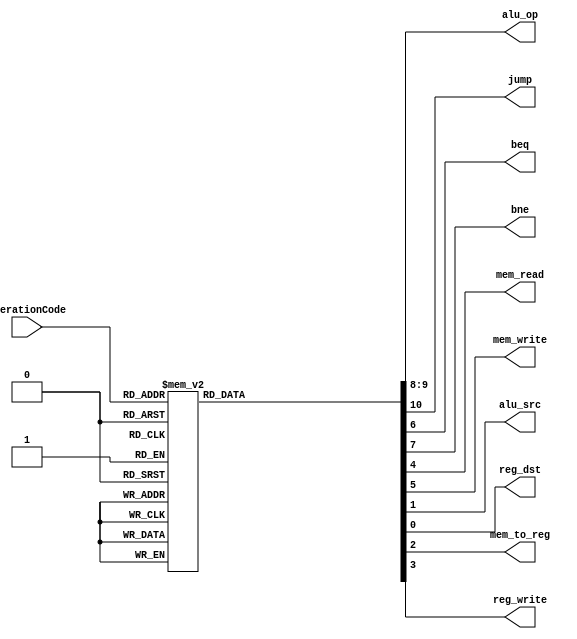
// Code for Control Unit of RISC Processor.

`timescale 1ns / 1ps

module Control_Unit(
      input[3:0] operationCode, // Operation code of the instruction.
      output reg[1:0] alu_op, // Operation code of the ALU.
      output reg jump,beq,bne,mem_read,mem_write,alu_src,reg_dst,mem_to_reg,reg_write // Output variables.   
    );


always @(*) // Every time there is a change, perform operations.
begin
 case(operationCode) // Case operation based on the operation code of the instruction.
 4'b0000: // Load word.
   begin
    reg_dst = 1'b0;
    alu_src = 1'b1;
    mem_to_reg = 1'b1;
    reg_write = 1'b1;
    mem_read = 1'b1;
    mem_write = 1'b0;
    beq = 1'b0;
    bne = 1'b0;
    alu_op = 2'b10;
    jump = 1'b0;   
   end
 4'b0001: // Store word.
   begin
    reg_dst = 1'b0;
    alu_src = 1'b1;
    mem_to_reg = 1'b0;
    reg_write = 1'b0;
    mem_read = 1'b0;
    mem_write = 1'b1;
    beq = 1'b0;
    bne = 1'b0;
    alu_op = 2'b10;
    jump = 1'b0;   
   end
 4'b0010: // Add.
   begin
    reg_dst = 1'b1;
    alu_src = 1'b0;
    mem_to_reg = 1'b0;
    reg_write = 1'b1;
    mem_read = 1'b0;
    mem_write = 1'b0;
    beq = 1'b0;
    bne = 1'b0;
    alu_op = 2'b00;
    jump = 1'b0;   
   end
 4'b0011: // Subtract.
   begin
    reg_dst = 1'b1;
    alu_src = 1'b0;
    mem_to_reg = 1'b0;
    reg_write = 1'b1;
    mem_read = 1'b0;
    mem_write = 1'b0;
    beq = 1'b0;
    bne = 1'b0;
    alu_op = 2'b00;
    jump = 1'b0;   
   end
 4'b0100: // Invert (1's Complement).
   begin
    reg_dst = 1'b1;
    alu_src = 1'b0;
    mem_to_reg = 1'b0;
    reg_write = 1'b1;
    mem_read = 1'b0;
    mem_write = 1'b0;
    beq = 1'b0;
    bne = 1'b0;
    alu_op = 2'b00;
    jump = 1'b0;   
   end
 4'b0101: // Logical Shift Left
   begin
    reg_dst = 1'b1;
    alu_src = 1'b0;
    mem_to_reg = 1'b0;
    reg_write = 1'b1;
    mem_read = 1'b0;
    mem_write = 1'b0;
    beq = 1'b0;
    bne = 1'b0;
    alu_op = 2'b00;
    jump = 1'b0;   
   end
 4'b0110: // Logical Shift Right.
   begin
    reg_dst = 1'b1;
    alu_src = 1'b0;
    mem_to_reg = 1'b0;
    reg_write = 1'b1;
    mem_read = 1'b0;
    mem_write = 1'b0;
    beq = 1'b0;
    bne = 1'b0;
    alu_op = 2'b00;
    jump = 1'b0;   
   end
 4'b0111: // Bitwise AND.
   begin
    reg_dst = 1'b1;
    alu_src = 1'b0;
    mem_to_reg = 1'b0;
    reg_write = 1'b1;
    mem_read = 1'b0;
    mem_write = 1'b0;
    beq = 1'b0;
    bne = 1'b0;
    alu_op = 2'b00;
    jump = 1'b0;   
   end
 4'b1000: // Bitwise OR.
   begin
    reg_dst = 1'b1;
    alu_src = 1'b0;
    mem_to_reg = 1'b0;
    reg_write = 1'b1;
    mem_read = 1'b0;
    mem_write = 1'b0;
    beq = 1'b0;
    bne = 1'b0;
    alu_op = 2'b00;
    jump = 1'b0;   
   end
 4'b1001: // Set on Less Than.
   begin
    reg_dst = 1'b1;
    alu_src = 1'b0;
    mem_to_reg = 1'b0;
    reg_write = 1'b1;
    mem_read = 1'b0;
    mem_write = 1'b0;
    beq = 1'b0;
    bne = 1'b0;
    alu_op = 2'b00;
    jump = 1'b0;   
   end
 4'b1011: // Branch on equal.
   begin
    reg_dst = 1'b0;
    alu_src = 1'b0;
    mem_to_reg = 1'b0;
    reg_write = 1'b0;
    mem_read = 1'b0;
    mem_write = 1'b0;
    beq = 1'b1;
    bne = 1'b0;
    alu_op = 2'b01;
    jump = 1'b0;   
   end
 4'b1100: // Branch not on equal.
   begin
    reg_dst = 1'b0;
    alu_src = 1'b0;
    mem_to_reg = 1'b0;
    reg_write = 1'b0;
    mem_read = 1'b0;
    mem_write = 1'b0;
    beq = 1'b0;
    bne = 1'b1;
    alu_op = 2'b01;
    jump = 1'b0;   
   end
 4'b1101: // Jump.
   begin
    reg_dst = 1'b0;
    alu_src = 1'b0;
    mem_to_reg = 1'b0;
    reg_write = 1'b0;
    mem_read = 1'b0;
    mem_write = 1'b0;
    beq = 1'b0;
    bne = 1'b0;
    alu_op = 2'b00;
    jump = 1'b1;   
   end   
 default: begin // Default value = Data processing.
    reg_dst = 1'b1;
    alu_src = 1'b0;
    mem_to_reg = 1'b0;
    reg_write = 1'b1;
    mem_read = 1'b0;
    mem_write = 1'b0;
    beq = 1'b0;
    bne = 1'b0;
    alu_op = 2'b00;
    jump = 1'b0; 
   end
 endcase
 end

endmodule